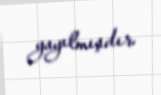
yayılmışdır.